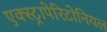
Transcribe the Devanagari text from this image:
एक्स्ट्रापेरिटोनियल